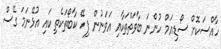
ހާއްސަކޮށް ސޯޑިއަމް ހުންނަ ބާވަތްތަކާއި އަވަނުން ފިހޭ ކާބޯތަކެތި ކައި އުޅޭނަމަ ގޭސް